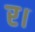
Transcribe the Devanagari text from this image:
र।